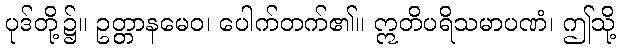
ပုဒ်တို့၌။ ဥတ္တာနမေဝ၊ ပေါက်တက်၏။ ဣတိပရိသမာပဏံ၊ ဤသို့